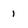
Character: 1